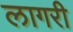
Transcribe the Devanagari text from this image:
लागरी